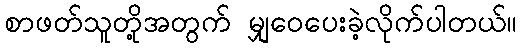
စာဖတ်သူတို့အတွက် မျှဝေပေးခဲ့လိုက်ပါတယ်။